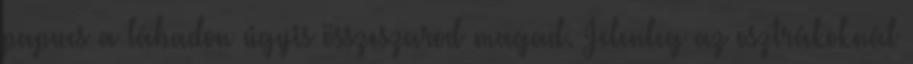
papucs a lábadon úgyis összeszarod magad. Jelenleg az osztrákoknál